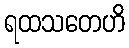
ရထသတေဟိ